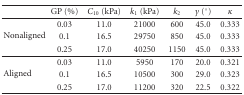
<table><thead><tr><td></td><td><b>GP (%)</b></td><td><b><i>C</i><sub>10</sub> (kPa)</b></td><td><b><i>k</i><sub>1</sub> (kPa)</b></td><td><b><i>k</i><sub>2</sub></b></td><td><b><i>γ</i> (°)</b></td><td><b><i>κ</i></b></td></tr></thead><tbody><tr><td rowspan="3">Nonaligned</td><td>0.03</td><td>11.0</td><td>21000</td><td>600</td><td>45.0</td><td>0.333</td></tr><tr><td>0.1</td><td>16.5</td><td>29750</td><td>850</td><td>45.0</td><td>0.333</td></tr><tr><td>0.25</td><td>17.0</td><td>40250</td><td>1150</td><td>45.0</td><td>0.333</td></tr><tr><td rowspan="3">Aligned</td><td>0.03</td><td>11.0</td><td>5950</td><td>170</td><td>20.0</td><td>0.321</td></tr><tr><td>0.1</td><td>16.5</td><td>10500</td><td>300</td><td>29.0</td><td>0.323</td></tr><tr><td>0.25</td><td>17.0</td><td>11200</td><td>320</td><td>22.5</td><td>0.322</td></tr></tbody></table>